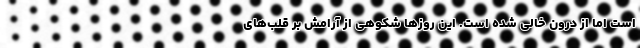
است اما از درون خالی شده است. این روزها شکوهی از آرامش بر قلب‌های